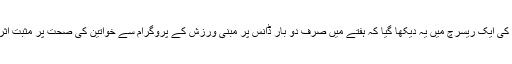
صرف 12 ہفتے کی ایک ریسرچ میں یہ دیکھا گیا کہ ہفتے میں صرف دو بار ڈانس پر مبنی ورزش کے پروگرام سے خواتین کی صحت پر مثبت اثرات مرتب ہوئے۔